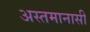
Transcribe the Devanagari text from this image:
अस्तमानासी